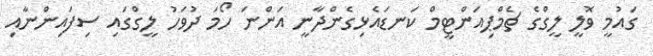
ގައުމީ ވޮލީ ލީގްގެ ޗެމްޕިއަންޓީމް ކަނޑައެޅިގެންދާނީ އަންނަ ހޯމަ ދުވަހު ލީގްގައި ސިފައިންނާއި